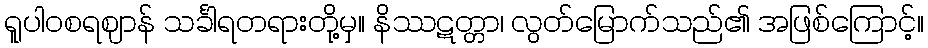
ရူပါဝစရဈာန် သင်္ခါရတရားတို့မှ။ နိဿဋတ္တာ၊ လွတ်မြောက်သည်၏ အဖြစ်ကြောင့်။